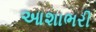
આશાભરી